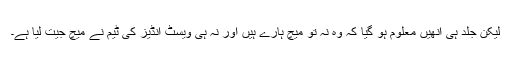
لیکن جلد ہی انھیں معلوم ہو گیا کہ وہ نہ تو میچ ہارے ہیں اور نہ ہی ویسٹ انڈیز کی ٹیم نے میچ جیت لیا ہے۔